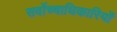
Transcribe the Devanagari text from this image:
सर्वोच्चाधिकारियों